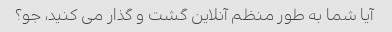
آیا شما به طور منظم آنلاین گشت و گذار می کنید، جو؟